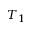
T _ { 1 }